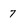
Character: 7